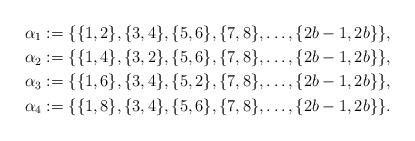
LaTeX: \begin{align*}\alpha_1:=\{\{1,2\},\{3,4\},\{5,6\},\{7,8\},\ldots,\{2b-1,2b\}\},\\\alpha_2:=\{\{1,4\},\{3,2\},\{5,6\},\{7,8\},\ldots,\{2b-1,2b\}\},\\\alpha_3:=\{\{1,6\},\{3,4\},\{5,2\},\{7,8\},\ldots,\{2b-1,2b\}\},\\\alpha_4:=\{\{1,8\},\{3,4\},\{5,6\},\{7,8\},\ldots,\{2b-1,2b\}\}.\end{align*}